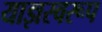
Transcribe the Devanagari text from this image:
याज्ञस्वरूप